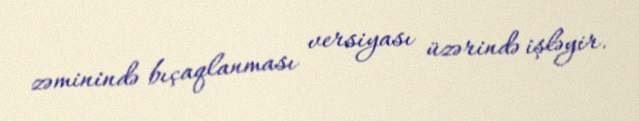
zəminində bıçaqlanması versiyası üzərində işləyir.